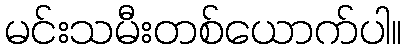
မင်းသမီးတစ်ယောက်ပါ။